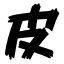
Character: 皮